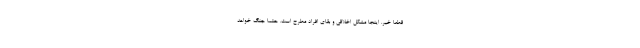
قطعاً خیر. اینجا مشکل اخلاقی و بقای افراد مطرح است. حتماً جنگ خواهد